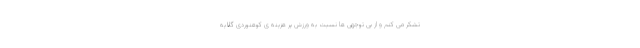
تشکر می کنم و از بی توجهی ها نسبت به ورزش پر هزینه ی کوهنوردی گلایه